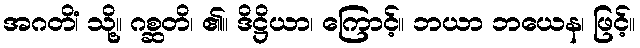
အဂတိံ၊ သို့။ ဂစ္ဆတိ၊ ၏။ ဒိဋ္ဌိယာ၊ ကြောင့်။ ဘယာ ဘယေန၊ ဖြင့်။